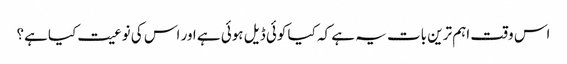
اس وقت اہم ترین بات یہ ہے کہ کیا کوئی ڈیل ہوئی ہے اور اس کی نوعیت کیا ہے؟